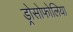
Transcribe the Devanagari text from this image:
ड्रोसोफोलिया